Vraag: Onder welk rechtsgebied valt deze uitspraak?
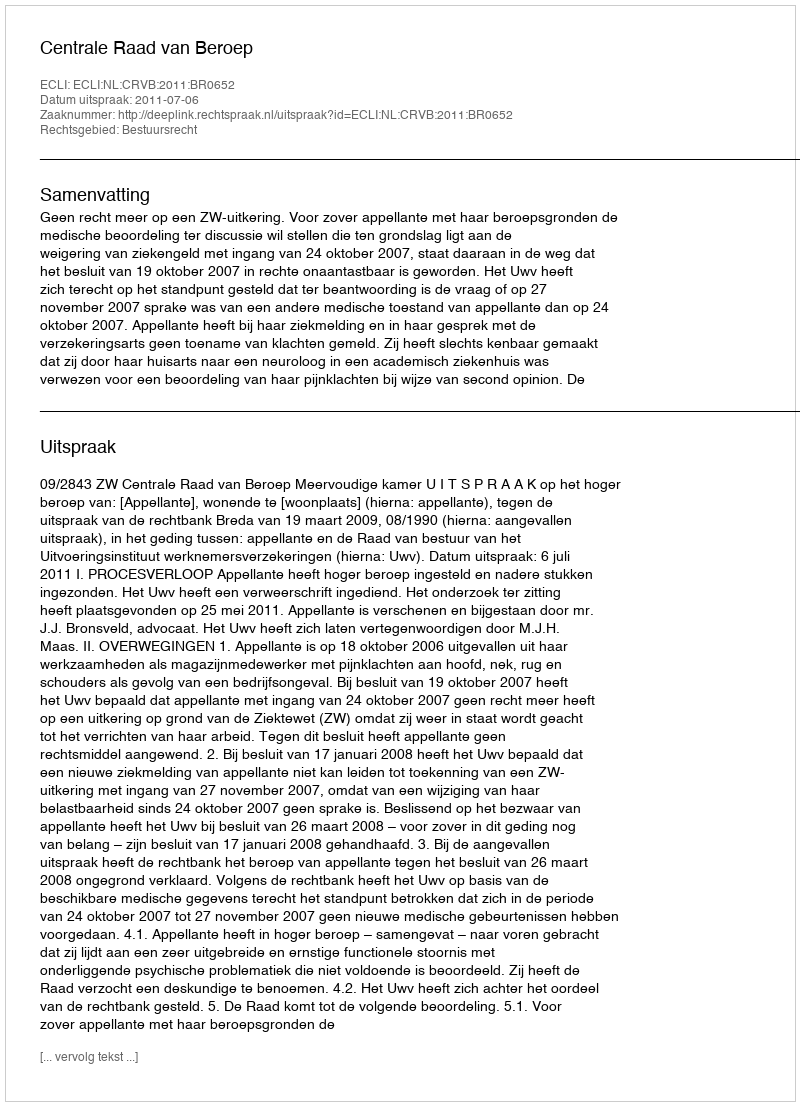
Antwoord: Bestuursrecht